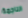
الناجمة